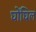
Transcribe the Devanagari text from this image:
घोंघिल